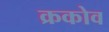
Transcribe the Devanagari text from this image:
क्रकोव